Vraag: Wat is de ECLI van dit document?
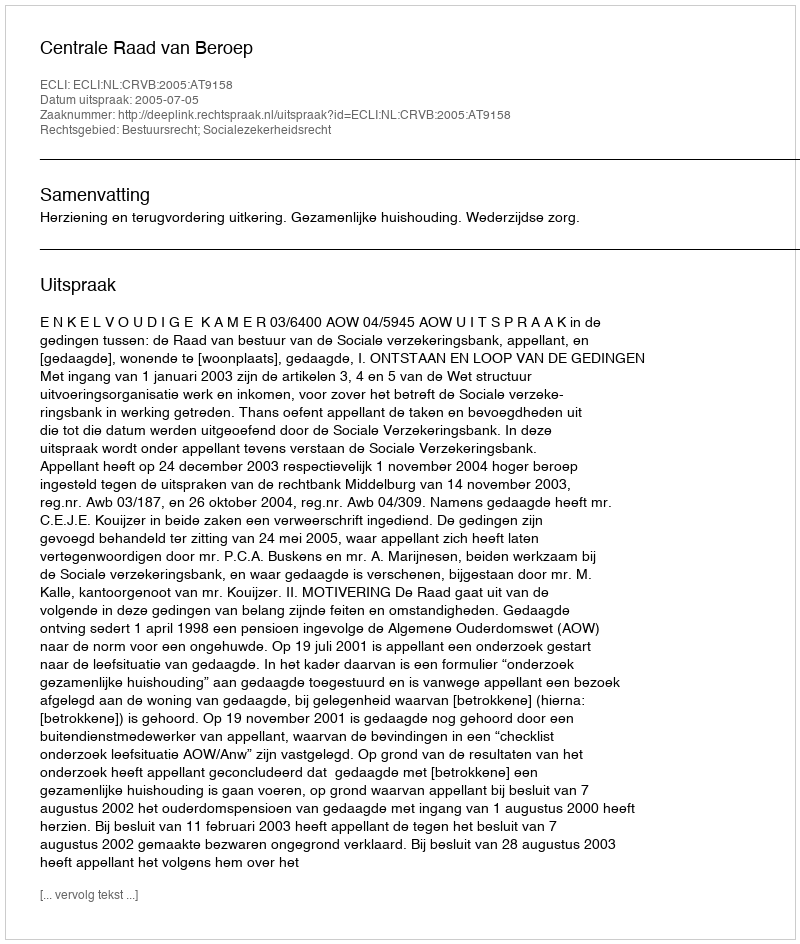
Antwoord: ECLI:NL:CRVB:2005:AT9158